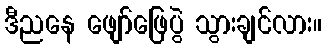
ဒီညနေ ဖျော်ဖြေပွဲ သွားချင်လား။